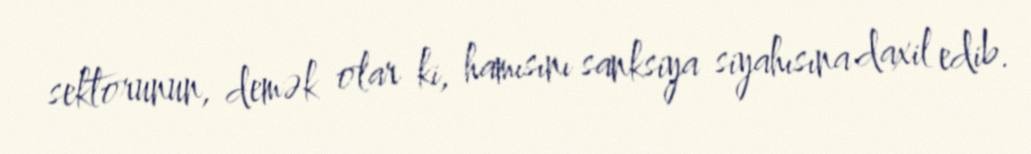
sektorunun, demək olar ki, hamısını sanksiya siyahısına daxil edib.